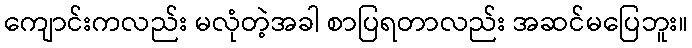
ကျောင်းကလည်း မလုံတဲ့အခါ စာပြရတာလည်း အဆင်မပြေဘူး။